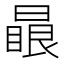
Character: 𣊕